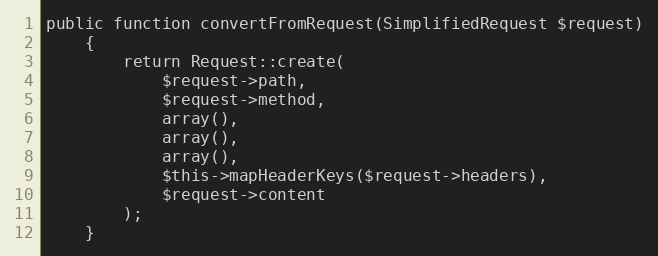
Language: PHP
public function convertFromRequest(SimplifiedRequest $request)
    {
        return Request::create(
            $request->path,
            $request->method,
            array(),
            array(),
            array(),
            $this->mapHeaderKeys($request->headers),
            $request->content
        );
    }